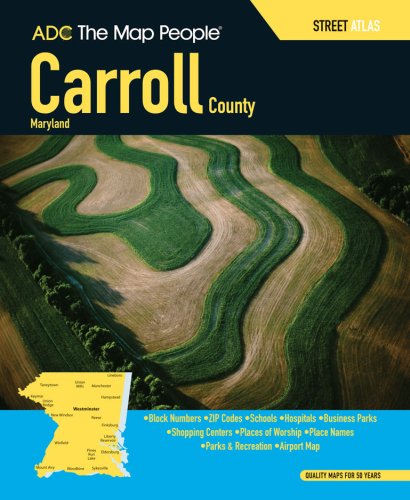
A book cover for ADC The Map People Carroll County, Maryland Street Atlas; Travel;